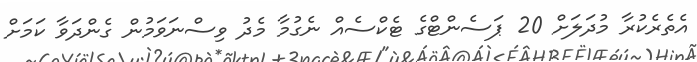
އެތެރެކުރާ މުދަލަށް 20 ޕަސެންޓްގެ ޓެކްސެއް ނެގުމާ މެދު ވިސްނަވަމުން ގެންދަވާ ކަމަށް